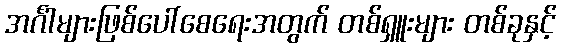
အင်္ဂါများဖြစ်ပေါ်စေရေးအတွက် တစ်ရှူးများ တစ်ခုနှင့်